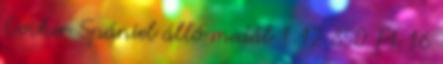
Cocker Spániel álló medál 1 12 850 Ft 16